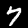
Digit: 7